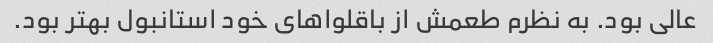
عالی بود. به نظرم طعمش از باقلواهای خود استانبول بهتر بود.